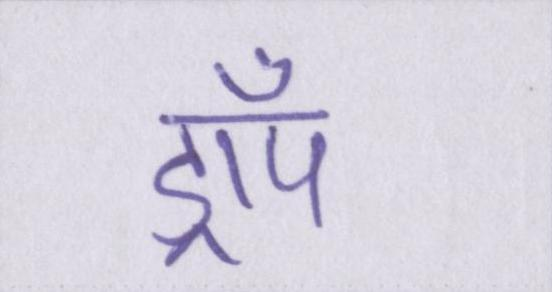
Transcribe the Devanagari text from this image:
ड्रॉप